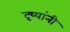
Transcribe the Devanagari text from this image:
दृष्यांनी